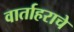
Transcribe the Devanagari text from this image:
वार्ताहराचे